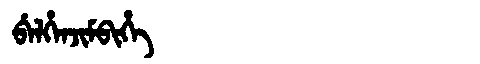
Manchu: ᠪᡝᠯᡥᡝᠨᠵᡳᠮᠪᡳᡥᡝ
Romanization: BELHENJIMBIHE